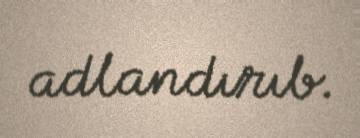
adlandırıb.